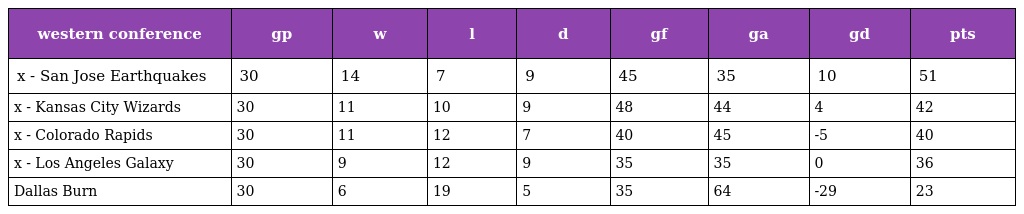
| western conference | gp | w | l | d | gf | ga | gd | pts |
 | --- | --- | --- | --- | --- | --- | --- | --- | --- |
 | x - San Jose Earthquakes | 30 | 14 | 7 | 9 | 45 | 35 | 10 | 51 |
 | x - Kansas City Wizards | 30 | 11 | 10 | 9 | 48 | 44 | 4 | 42 |
 | x - Colorado Rapids | 30 | 11 | 12 | 7 | 40 | 45 | -5 | 40 |
 | x - Los Angeles Galaxy | 30 | 9 | 12 | 9 | 35 | 35 | 0 | 36 |
 | Dallas Burn | 30 | 6 | 19 | 5 | 35 | 64 | -29 | 23 |